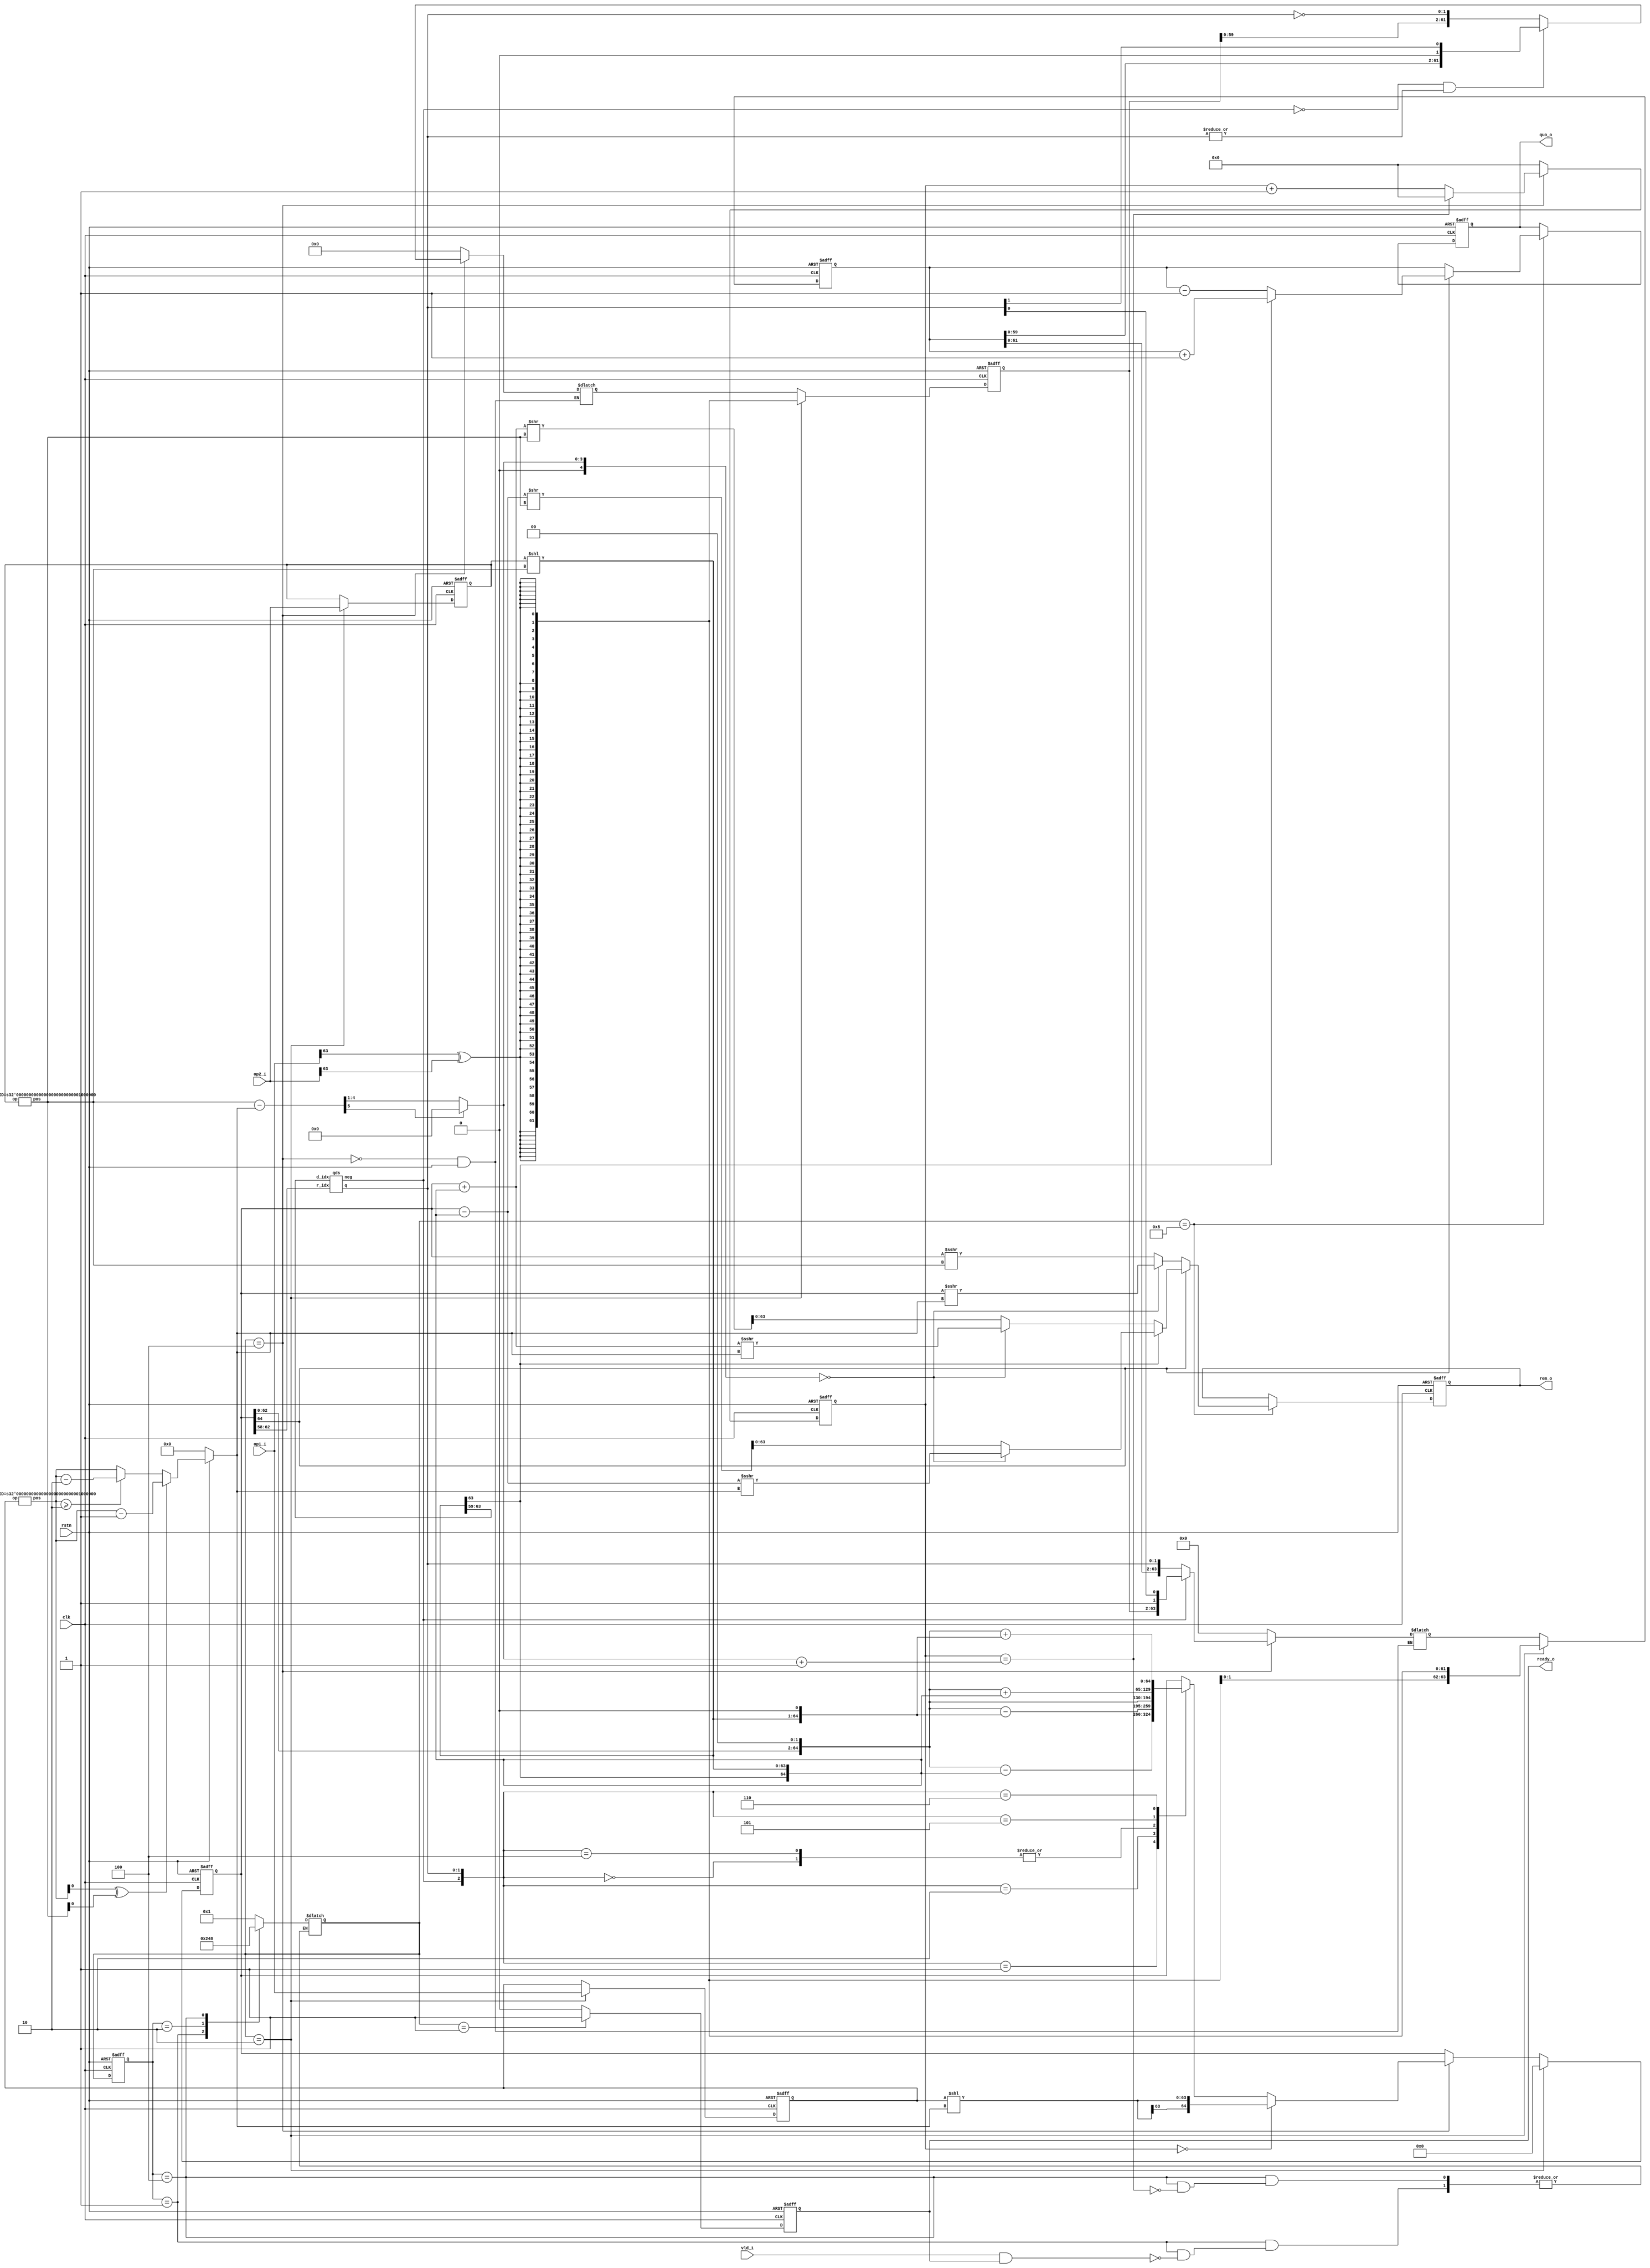
//-------------------------------------------------------------------
//
//  COPYRIGHT (C) 2023, devin
//  balddonkey@outlook.com
//
//-------------------------------------------------------------------
// Title       : rv_div.v
// Editor      : VIM
// Description : Radix-4 SRT division.
//
// $Id$
//-------------------------------------------------------------------

`timescale 1ns / 1ps

module rv_div(
	input			   clk,
	input			   rstn,
	input 			   vld_i,
	input		[63:0] op1_i,	// dividend
	input 		[63:0] op2_i,	// divisor
	output reg  [63:0] rem_o,
	output reg  [63:0] quo_o,
	output reg   	   ready_o
	// err_div_zero
);

//------------------------ SIGNALS ------------------------//

reg  [4:0]  cnt;
reg  [63:0] op1_r, op2_r;   // registered
wire [5:0]  op1_ld, op2_ld;	// leading digit
reg  [5:0]  op1_s;			// op1 shift bits
wire [63:0] op1_n, op2_n;	// normalized
reg  [64:0] rem_r;   // 1-bit expand
wire [1:0]  q;
wire        n;
reg  [63:0] Q_reg, QM_reg;
reg  [63:0] Q_next, QM_next;
wire [5:0]  subs;
wire [4:0]  iter;
wire   	    ops_sign;

reg  [3:0] state_next;
reg  [3:0] state_reg;
localparam ST_IDLE = 4'b0001;
localparam ST_SAMP = 4'b0010;
localparam ST_DIV  = 4'b0100;
localparam ST_OUT  = 4'b1000;

//------------------------ PROCESS ------------------------//

//**************************** FSM Description ****************************//

always @(*) begin
	case(state_reg)
		ST_IDLE: begin
			if(vld_i & ready_o) begin
				state_next = ST_SAMP;
			end
		end
		ST_SAMP: begin
			state_next = ST_DIV;
		end
		ST_DIV: begin
			if(cnt==iter+1) begin
				state_next = ST_OUT;
			end
		end
		ST_OUT: begin
			state_next = ST_IDLE;
		end
		default: begin
			state_next = ST_IDLE;
		end
	endcase
end

always @(posedge clk or negedge rstn) begin
	if(!rstn) begin
		state_reg <= ST_IDLE;
	end else begin
		state_reg <= state_next;
	end
end

//**************************** Find Leading 1s or 0s ****************************//

always @(posedge clk or negedge rstn) begin
	if(!rstn) begin
		op1_r <= 'd0;
		op2_r <= 'd0;
	end else begin
		if(state_next==ST_SAMP) begin
			op1_r <= op1_i;
			op2_r <= op2_i;
		end
	end
end
find_ld #(64) u_find_ld1 (.op(op1_r), .pos(op1_ld));
find_ld #(64) u_find_ld2 (.op(op2_r), .pos(op2_ld));
always @(*) begin
	if(!rstn) begin
		op1_s <= 'd0;
	end else begin
		if(op1_ld[0]^op2_ld[0]) begin
			op1_s <= op1_ld-1;	// opt
		end else begin
			if(op1_ld>='d2) begin
				op1_s <= op1_ld-2;
			end else begin
				op1_s <= op1_ld;
			end
		end
	end
end

assign op1_n = op1_r << op1_s;
assign op2_n = op2_r << op2_ld;
generate
	qds u_qds(
		.r_idx(rem_r[62:58]),	// 4r_{i-1}
		.d_idx(op2_n[63:59]),
		.q(q),
		.neg(n)
	);
endgenerate

//**************************** Residual Remainder ****************************//

assign subs = op2_ld - op1_s;
assign iter = subs[5] ? 6'd0 : subs[5:1];
always @(posedge clk or negedge rstn) begin
	if(!rstn) begin
		cnt <= 5'd0;
	end else begin
		if(state_next==ST_DIV) begin
			if(cnt==iter+1) begin
				cnt <= 'd0;
			end else begin
				cnt <= cnt + 1'b1;
			end
		end else begin
			cnt <= 'd0;
		end
	end
end
always @(posedge clk or negedge rstn) begin
	if(!rstn) begin
		rem_r <= 65'd0;
	end else begin
		if(state_next==ST_SAMP) begin
			rem_r <= 65'd0;
		end else begin
			if(state_next==ST_DIV) begin
				if(cnt=='d0) begin
					rem_r <= {op1_n[63],op1_n};
				end else begin
					case({n,q})
						3'b000: rem_r <= {rem_r[62:0],2'b00};
						3'b001: rem_r <= {rem_r[62:0],2'b00}-{op2_n[63],op2_n};	// -D
						3'b010: rem_r <= {rem_r[62:0],2'b00}-{op2_n,1'b0};		// -2D
						3'b100: rem_r <= {rem_r[62:0],2'b00};
						3'b101: rem_r <= {rem_r[62:0],2'b00}+{op2_n[63],op2_n};	// +D
						3'b110: rem_r <= {rem_r[62:0],2'b00}+{op2_n,1'b0};		// +2D
						default: ;	// nop
					endcase
				end
			end
		end
	end
end

//**************************** On the Fly Conversion ****************************//

always @(*) begin
	if(!rstn) begin
		Q_next  <= 'd0;
		QM_next <= 'd0;
	end
	if(state_next==ST_DIV) begin
		if(n==1'b0) begin	// q>=0
			Q_next  <= {Q_reg[61:0],q};
		end else begin
			Q_next  <= {QM_reg[61:0],1'b1,q[0]};
		end
		if(n==1'b0 & (|q)) begin	// q>0
			QM_next <= {Q_reg[61:0],1'b0,q[1]};
		end else begin
			QM_next <= {QM_reg[61:0],~q};
		end
	end
end
assign ops_sign = op1_i[63]^op2_i[63];
always @(posedge clk or negedge rstn) begin
	if(!rstn) begin
		Q_reg  <= 8'd0;
		QM_reg <= 8'd0;
	end else begin
		if(state_next==ST_SAMP) begin
			Q_reg  <= {64{ops_sign}};
			QM_reg <= {64{ops_sign}};
		end else begin
			Q_reg  <= Q_next;
			QM_reg <= QM_next;
		end
	end
end

//**************************** Post Proccessing ****************************//

always @(posedge clk or negedge rstn) begin
	if(~rstn) begin
		rem_o	<=	'd0;
		quo_o   <=  'd0;
	end else begin
		if(state_next==ST_OUT) begin
			if(rem_r[64]) begin
				if(~op2_n[63]) begin	// positive
					if(iter==0) begin
						rem_o <= $signed(rem_r+{op2_n[63],op2_n}) >>> (op1_s);	// when dividend smaller than divisor
					end else begin
						rem_o <= $signed(rem_r+{op2_n[63],op2_n}) >> op2_ld;
					end
					quo_o <= Q_reg-1;
				end else begin
					if(iter==0) begin
						rem_o <= $signed(rem_r-{op2_n[63],op2_n}) >>> (op1_s);	// there's truncation for 1-bit MSB
					end else begin
						rem_o <= $signed(rem_r-{op2_n[63],op2_n}) >> op2_ld;
					end
					quo_o <= Q_reg+1;
				end
			end else begin
				if(iter==0) begin
					rem_o <= $signed(rem_r) >>> (op1_s);
				end else begin
					rem_o <= $signed(rem_r) >>> op2_ld;
				end
				quo_o <= Q_reg;
			end
		end
	end
end

always @(posedge clk or negedge rstn) begin
	if(~rstn) begin
		ready_o <= 1'b0;
	end else begin
		if(state_next==ST_IDLE) begin
			ready_o <= 1'b1;
		end else begin
			ready_o <= 1'b0;
		end
	end
end

endmodule

//------------------------ SUBROUTINE ------------------------//

// find leading 1s or 0s
module find_ld #(parameter WID=8)(op, pos);
input      [WID-1:0] op;
output reg [$clog2(WID)-1:0] pos;
reg  [WID-1:0] op_t;
wire [WID-1:0] pos_oh;	// onehot
integer i;
always @(*) begin
	for(i=0; i<WID; i=i+1) begin
		if(op[WID-1]==1'b0) begin
			op_t[i] <= op[WID-1-i];
		end else begin
			op_t[i] <= ~op[WID-1-i];
		end
	end
end
assign pos_oh = op_t & (~op_t+1);	// ripple carry
integer j;
always @(*) begin
	if(|pos_oh) begin
		for(j=0; j<WID; j=j+1) begin
			if(pos_oh[j]==1) begin
				pos <= j-1;
			end
		end
	end else begin
		pos <= 0;
	end
end
// clog2 function
function  integer clog2;
    input integer depth;
    begin
        depth = depth-1;
        for(clog2=0; depth>0; clog2=clog2+1) begin
            depth = depth >> 1;
        end
    end
endfunction
endmodule

// quotien digit selection table
module qds (r_idx, d_idx, q, neg);
input  [4:0] r_idx;		// remainder index
input  [4:0] d_idx;		// divisor index
output [1:0] q;			// quotient digit
output     	 neg;		// negative quotient
wire         ops_sign;	// opposite sign
wire   [4:0] r_ori;		// original code of remainder
wire   [4:0] d_ori;		// original code divisor 
wire r_ge_0010, r_ge_0011, r_ge_0110, r_ge_0111, r_ge_1000,
     r_ge_1001, r_ge_1010, r_ge_1011, r_ge_1100; // greater than
reg  q0, q2;		    // abs(qi) equal to 0,2
assign ops_sign = r_idx[4] ^ d_idx[4];
assign r_ori = r_idx[4] ? ~r_idx + 1 : r_idx;
assign d_ori = d_idx[4] ? ~d_idx + 1 : d_idx;
assign r_ge_0010 = (r_ori[3:0]>=4'b0010);
assign r_ge_0011 = (r_ori[3:0]>=4'b0011);
assign r_ge_0100 = (r_ori[3:0]>=4'b0100);
assign r_ge_0101 = (r_ori[3:0]>=4'b0101);
assign r_ge_0110 = (r_ori[3:0]>=4'b0110);
assign r_ge_0111 = (r_ori[3:0]>=4'b0111);
assign r_ge_1000 = (r_ori[3:0]>=4'b1000);
assign r_ge_1001 = (r_ori[3:0]>=4'b1001);
assign r_ge_1010 = (r_ori[3:0]>=4'b1010);
assign r_ge_1011 = (r_ori[3:0]>=4'b1011);
assign r_ge_1100 = (r_ori[3:0]>=4'b1100);
always @(*) begin
	case(d_ori[3:0])
		4'b1000: begin
			q0 <= ops_sign ? ~r_ge_0011 : ~r_ge_0010;
			q2 <= ops_sign ? r_ge_0111 : r_ge_0110;
		end
		4'b1001: begin
			q0 <= ops_sign ? ~r_ge_0011 : ~r_ge_0010;
			q2 <= ops_sign ? r_ge_1000 : r_ge_0111;
		end
		4'b1010: begin
			q0 <= ops_sign ? ~r_ge_0100 : ~r_ge_0011;
			q2 <= ops_sign ? r_ge_1001 : r_ge_1000;
		end
		4'b1011: begin
			q0 <= ops_sign ? ~r_ge_0100 : ~r_ge_0011;
			q2 <= ops_sign ? r_ge_1001 : r_ge_1001;
		end
		4'b1100: begin
			q0 <= ops_sign ? ~r_ge_0101 : ~r_ge_0100;
			q2 <= ops_sign ? r_ge_1010 : r_ge_1010;
		end
		4'b1101: begin
			q0 <= ops_sign ? ~r_ge_0101 : ~r_ge_0100;
			q2 <= ops_sign ? r_ge_1011 : r_ge_1010;
		end
		4'b1110: begin
			q0 <= ops_sign ? ~r_ge_0101 : ~r_ge_0100;
			q2 <= ops_sign ? r_ge_1011 : r_ge_1011;
		end
		4'b1111: begin
			q0 <= ops_sign ? ~r_ge_0101 : ~r_ge_0100;
			q2 <= ops_sign ? r_ge_1100 : r_ge_1100;
		end
		default: begin
			q0 <= 1'b1;
			q2 <= 1'b0;
		end
	endcase
end
assign q = q0 ? 2'b00 : (q2 ? 2'b10 : 2'b01);
assign neg = ~q0 & ops_sign;
endmodule